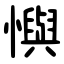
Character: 懙